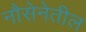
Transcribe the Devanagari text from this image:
नौसेनेतील